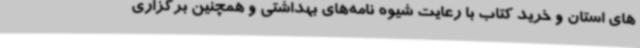
های استان و خرید کتاب با رعایت شیوه نامه‌های بهداشتی و همچنین برگزاری